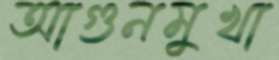
আগুনমুখা